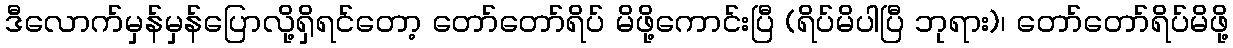
ဒီလောက်မှန်မှန်ပြောလို့ရှိရင်တော့ တော်တော်ရိပ် မိဖို့ကောင်းပြီ (ရိပ်မိပါပြီ ဘုရား)၊ တော်တော်ရိပ်မိဖို့